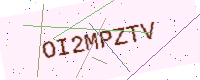
Text: OI2MPZTV